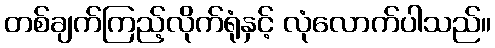
တစ်ချက်ကြည့်လိုက်ရုံနှင့် လုံလောက်ပါသည်။